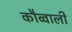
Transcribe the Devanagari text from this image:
कौव्वाली